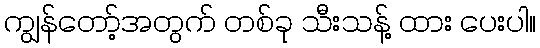
ကျွန်တော့်အတွက် တစ်ခု သီးသန့် ထား ပေးပါ။